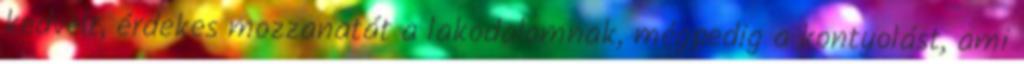
kedvelt, érdekes mozzanatát a lakodalomnak, mégpedig a kontyolást, ami